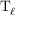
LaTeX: \mathrm { T } _ { \ell }